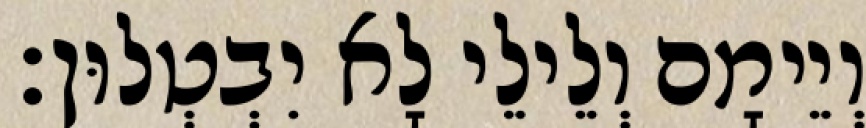
וְיֵימָם וְלֵילֵי לָא יִבְטְלוּן׃